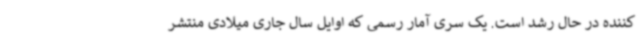
کننده در حال رشد است. یک سری آمار رسمی که اوایل سال جاری میلادی منتشر